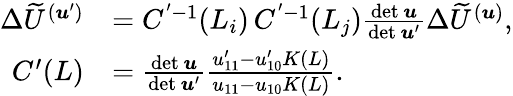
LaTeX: \begin{array}{rl}{\Delta\widetilde U^{(\boldsymbol{u}^{\prime})}}&{=C^{'-1}(L_{i})\, C^{'-1}(L_{j})\frac{\mathrm{det}\, \boldsymbol{u}}{\mathrm{det}\, \boldsymbol{u}^{\prime}}\Delta\widetilde U^{(\boldsymbol{u})},}\\ {C^{\prime}(L)}&{=\frac{\mathrm{det}\, \boldsymbol{u}}{\mathrm{det}\, \boldsymbol{u}^{\prime}}\frac{u_{11}^{\prime}-u_{10}^{\prime}K(L)}{u_{11}-u_{10}K(L)}.}\end{array}